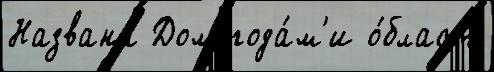
Названа Дом года́м'и о́бласть